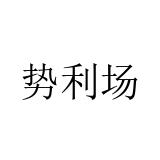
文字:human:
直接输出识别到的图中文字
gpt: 势利场